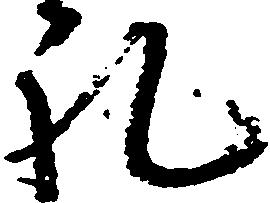
礼